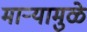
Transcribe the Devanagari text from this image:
माऱ्यामुळे